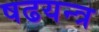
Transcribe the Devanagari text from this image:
षढयन्त्र